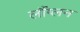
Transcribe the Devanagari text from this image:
लौंग्लन